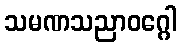
သမဏသညာဝဂ္ဂေါ